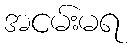
အငမ်းမရ